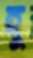
হু